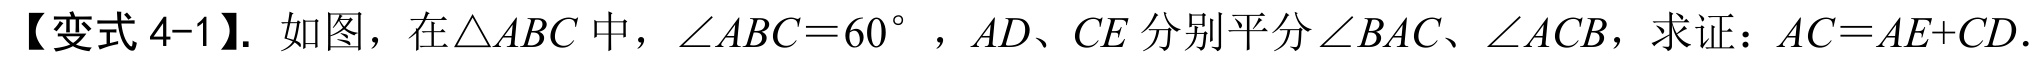
【变式 4-1】. 如图，在\(\triangle ABC\)中，\(\angle ABC = 60^{\circ}\)，\(AD\)、\(CE\)分别平分\(\angle BAC\)、\(\angle ACB\)，求证：\(AC = AE + CD\).